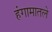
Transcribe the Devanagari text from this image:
हंगामातले